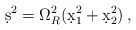
\begin{align*}\d s^2 = \Omega_R^2 ( \d x_1^2 + \d x_2^2 ) \, ,\end{align*}